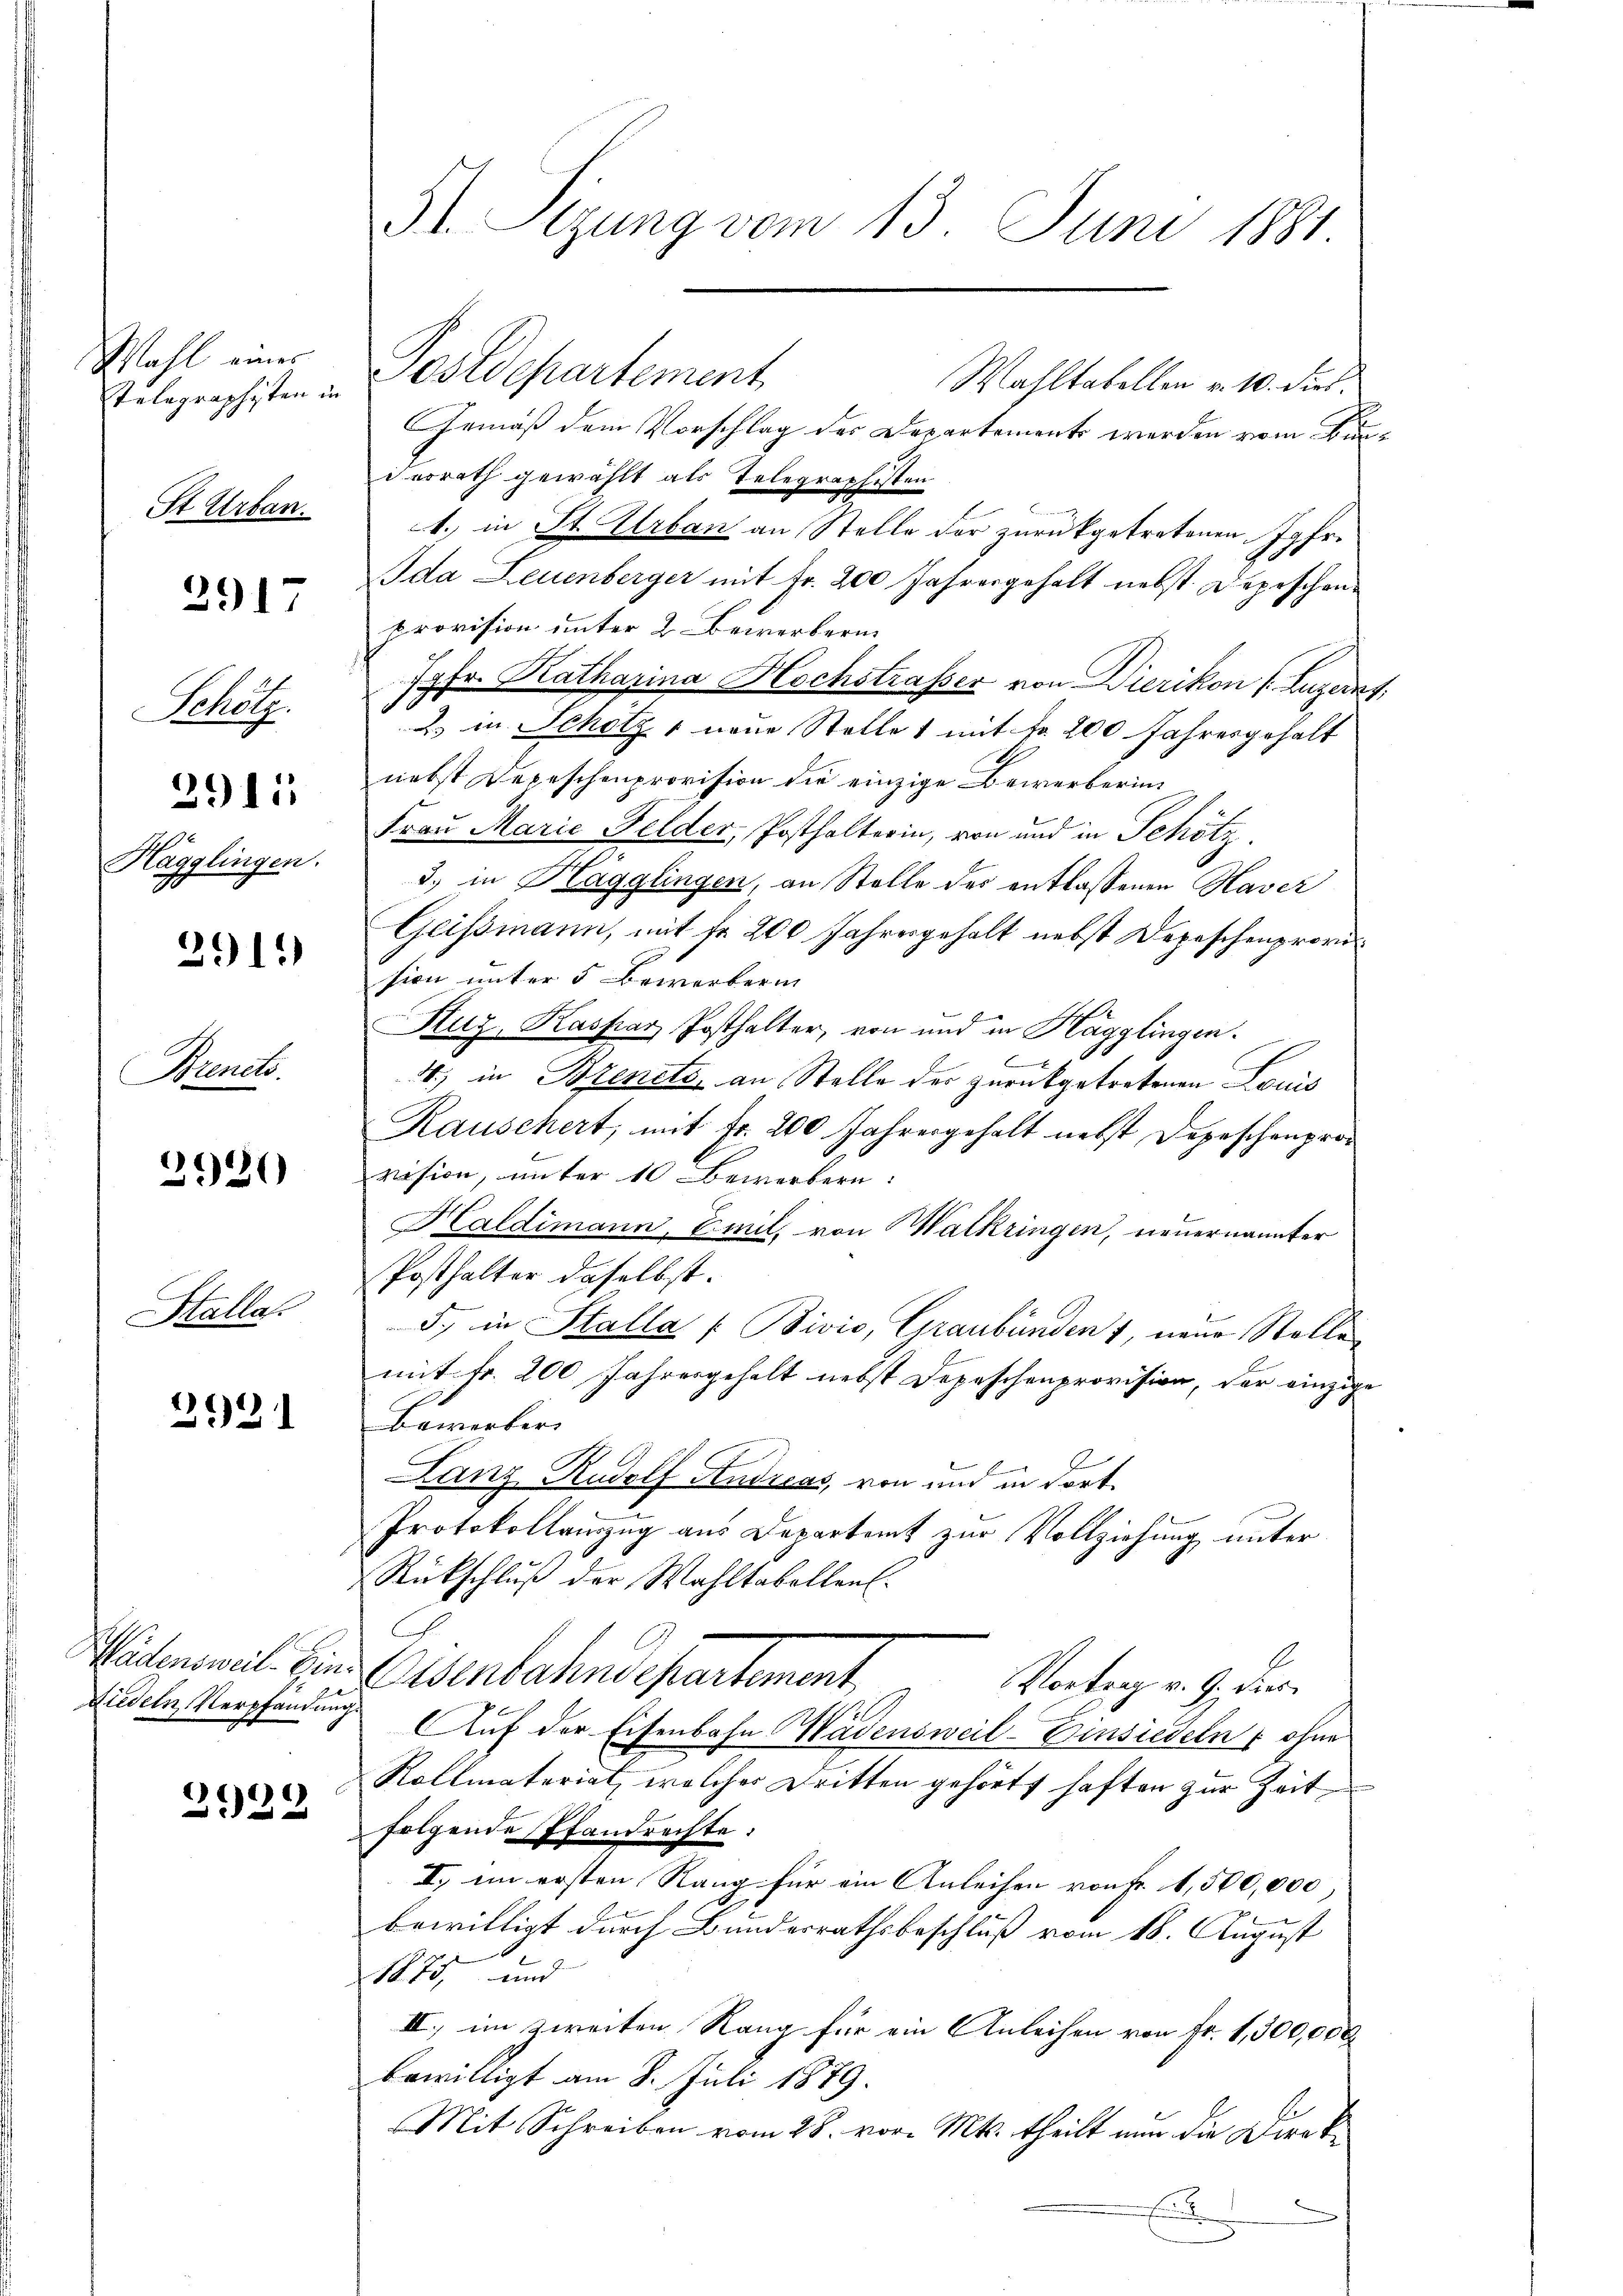
Wahl eines
Telegraphisten in
St Urban

2917

Schötz.
2915
Hägglingen.

291.

Brents.

2920

Stalla

2131

Wädensweil. Ein¬
Liedeln Verpfändung.

2929

31. Sitzung vom 13. Juni 1881

Postdepartement
Wahltabellen v. 10. dirt.
Gemäß dem Vorschlag der Departements werden vom Bundesrath gewählt als Telegraphisten
., in St. Urban an Stelle der zurückgetretenen Jgfr.
Bda Leuenberger mit Fr. 200 Jahresgehalt nebst Depeschenprovision unter 2 Bewerbern
h
pfe. Katharina Hochstraßer von Dierikon (Luzerns,
2. u. Schölz 1 neue Stelle 1 mit Fr. 200 Jahresgehalt
nebst Depeschenprovision die einzige Bewerbering
Frau Marie Felder, Posthalterin, von und in Schölz
3) in Hägglingen, an Stelle des entlassenen Haver
Geissmann, mit fr. 200 Jahresgehalt nebst Depeschenprovision unter 5 Bewerberin
Huz, Kaspar Posthalter, von und in Hagglingen.
x
4., in Brents, an Stelle des zurückgetretenen Louis
Rauschert, mit Fr. 200 Jahresgehalt nebst Depeschenprovision, unter 10 Bewerbern
Kaldimann, Emil, von Walkringen, neuernannter
Posthalter daselbst.
5., in Stalla (Bivio, Graubünden, neue Stelle
mit Fr. 200 Jahresgehalt nebst Depeschenprovision, der einzige
Bewerber
Lanz Rudolf Andreas, von und in dort¬
Protokollauszug aus Departamt zur Vollziehung unter
Rückschlŭβ der Wahltabellen.
Osenbahndepartement,
Vortrag v. 9. dies
Auf der Eisenbahn Wädensweil–Einsiedeln, ohne
Rollmateriat, welches Dritten gehört haften zur Zeit,
folgende Pfandrechte:
II. im ersten Rang für ein Anleihen von Fr. 1,500,000
bewilligt durch Bundesrathsbeschluß vom 18. August
1875, und
III., im zweiten Rang für ein Anleihen von Fr. 1,300,000
bewilligt am 8. Juli 1879.
Mit Schreiben vom 28. vor. Mts. theilt nun die Direk¬
E